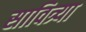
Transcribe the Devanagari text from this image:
सावित्र्या